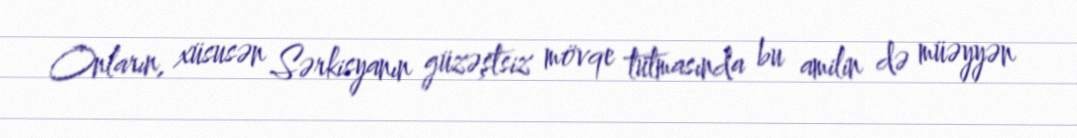
Onların, xüsusən Sərkisyanın güzəştsiz mövqe tutmasında bu amilin də müəyyən